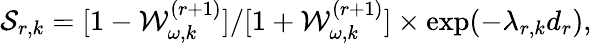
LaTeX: {\cal S}_{r,k}=[1-{\cal W}_{\omega,k}^{(r+1)}]/[1+{\cal W}_{\omega,k}^{(r+1)}]\times\exp(-\lambda_{r,k}d_{r}),